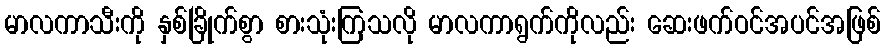
မာလကာသီးကို နှစ်ခြိုက်စွာ စားသုံးကြသလို မာလကာရွက်ကိုလည်း ဆေးဖက်ဝင်အပင်အဖြစ်